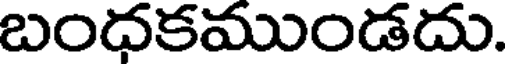
బంధకముండదు.